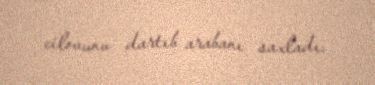
cilovunu dartıb arabanı saxladı.